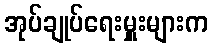
အုပ်ချုပ်ရေးမှူးများက